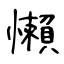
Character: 懶